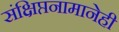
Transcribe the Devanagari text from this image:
संक्षिप्तनामानेही